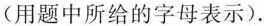
(用题中所给的字母表示).